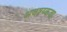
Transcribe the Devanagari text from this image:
अवश्य्कता